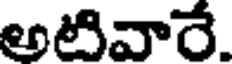
అటివారే.